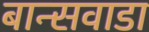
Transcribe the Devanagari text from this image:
बान्सवाडा